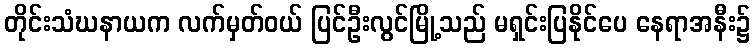
တိုင်းသံဃနာယက လက်မှတ်ဝယ် ပြင်ဦးလွင်မြို့သည် မရှင်းပြနိုင်ပေ နေရာအနီး၌